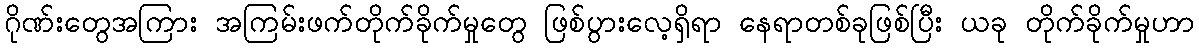
ဂိုဏ်းတွေအကြား အကြမ်းဖက်တိုက်ခိုက်မှုတွေ ဖြစ်ပွားလေ့ရှိရာ နေရာတစ်ခုဖြစ်ပြီး ယခု တိုက်ခိုက်မှုဟာ